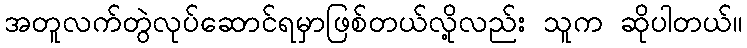
အတူလက်တွဲလုပ်ဆောင်ရမှာဖြစ်တယ်လို့လည်း သူက ဆိုပါတယ်။